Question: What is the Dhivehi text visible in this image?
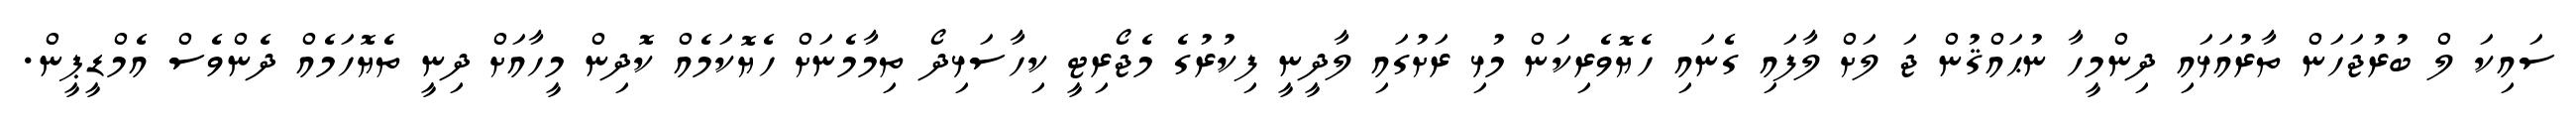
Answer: ސައިކަ ލް ބުރުޖަހަން ތާރުއަޅައި ދިންމީހާ ނުޙައްޤުން ޖަ ލަށް ލާފައި ގެނައި ހެޔޮވެރިކަން މުޅި ރަށުގައި ލާދީނީ ފިކުރުގެ މެޖޯރިޓީ ކިހާސަޅިދޯ ތިމާމެނަށް ހެޔޮކަމެއް ކޮދިން މީހާއަށް ދިނީ ތެޔޮހަމެއް ދެންވެސް އެމްޑީޕީން.